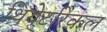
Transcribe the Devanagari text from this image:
थियेटरिकल